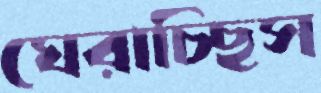
ঘেরাচ্ছিস